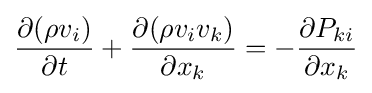
{\frac {\partial (\rho v_{i})}{\partial t}}+{\frac {\partial (\rho v_{i}v_{k})}{\partial x_{k}}}=-{\frac {\partial P_{ki}}{\partial x_{k}}}